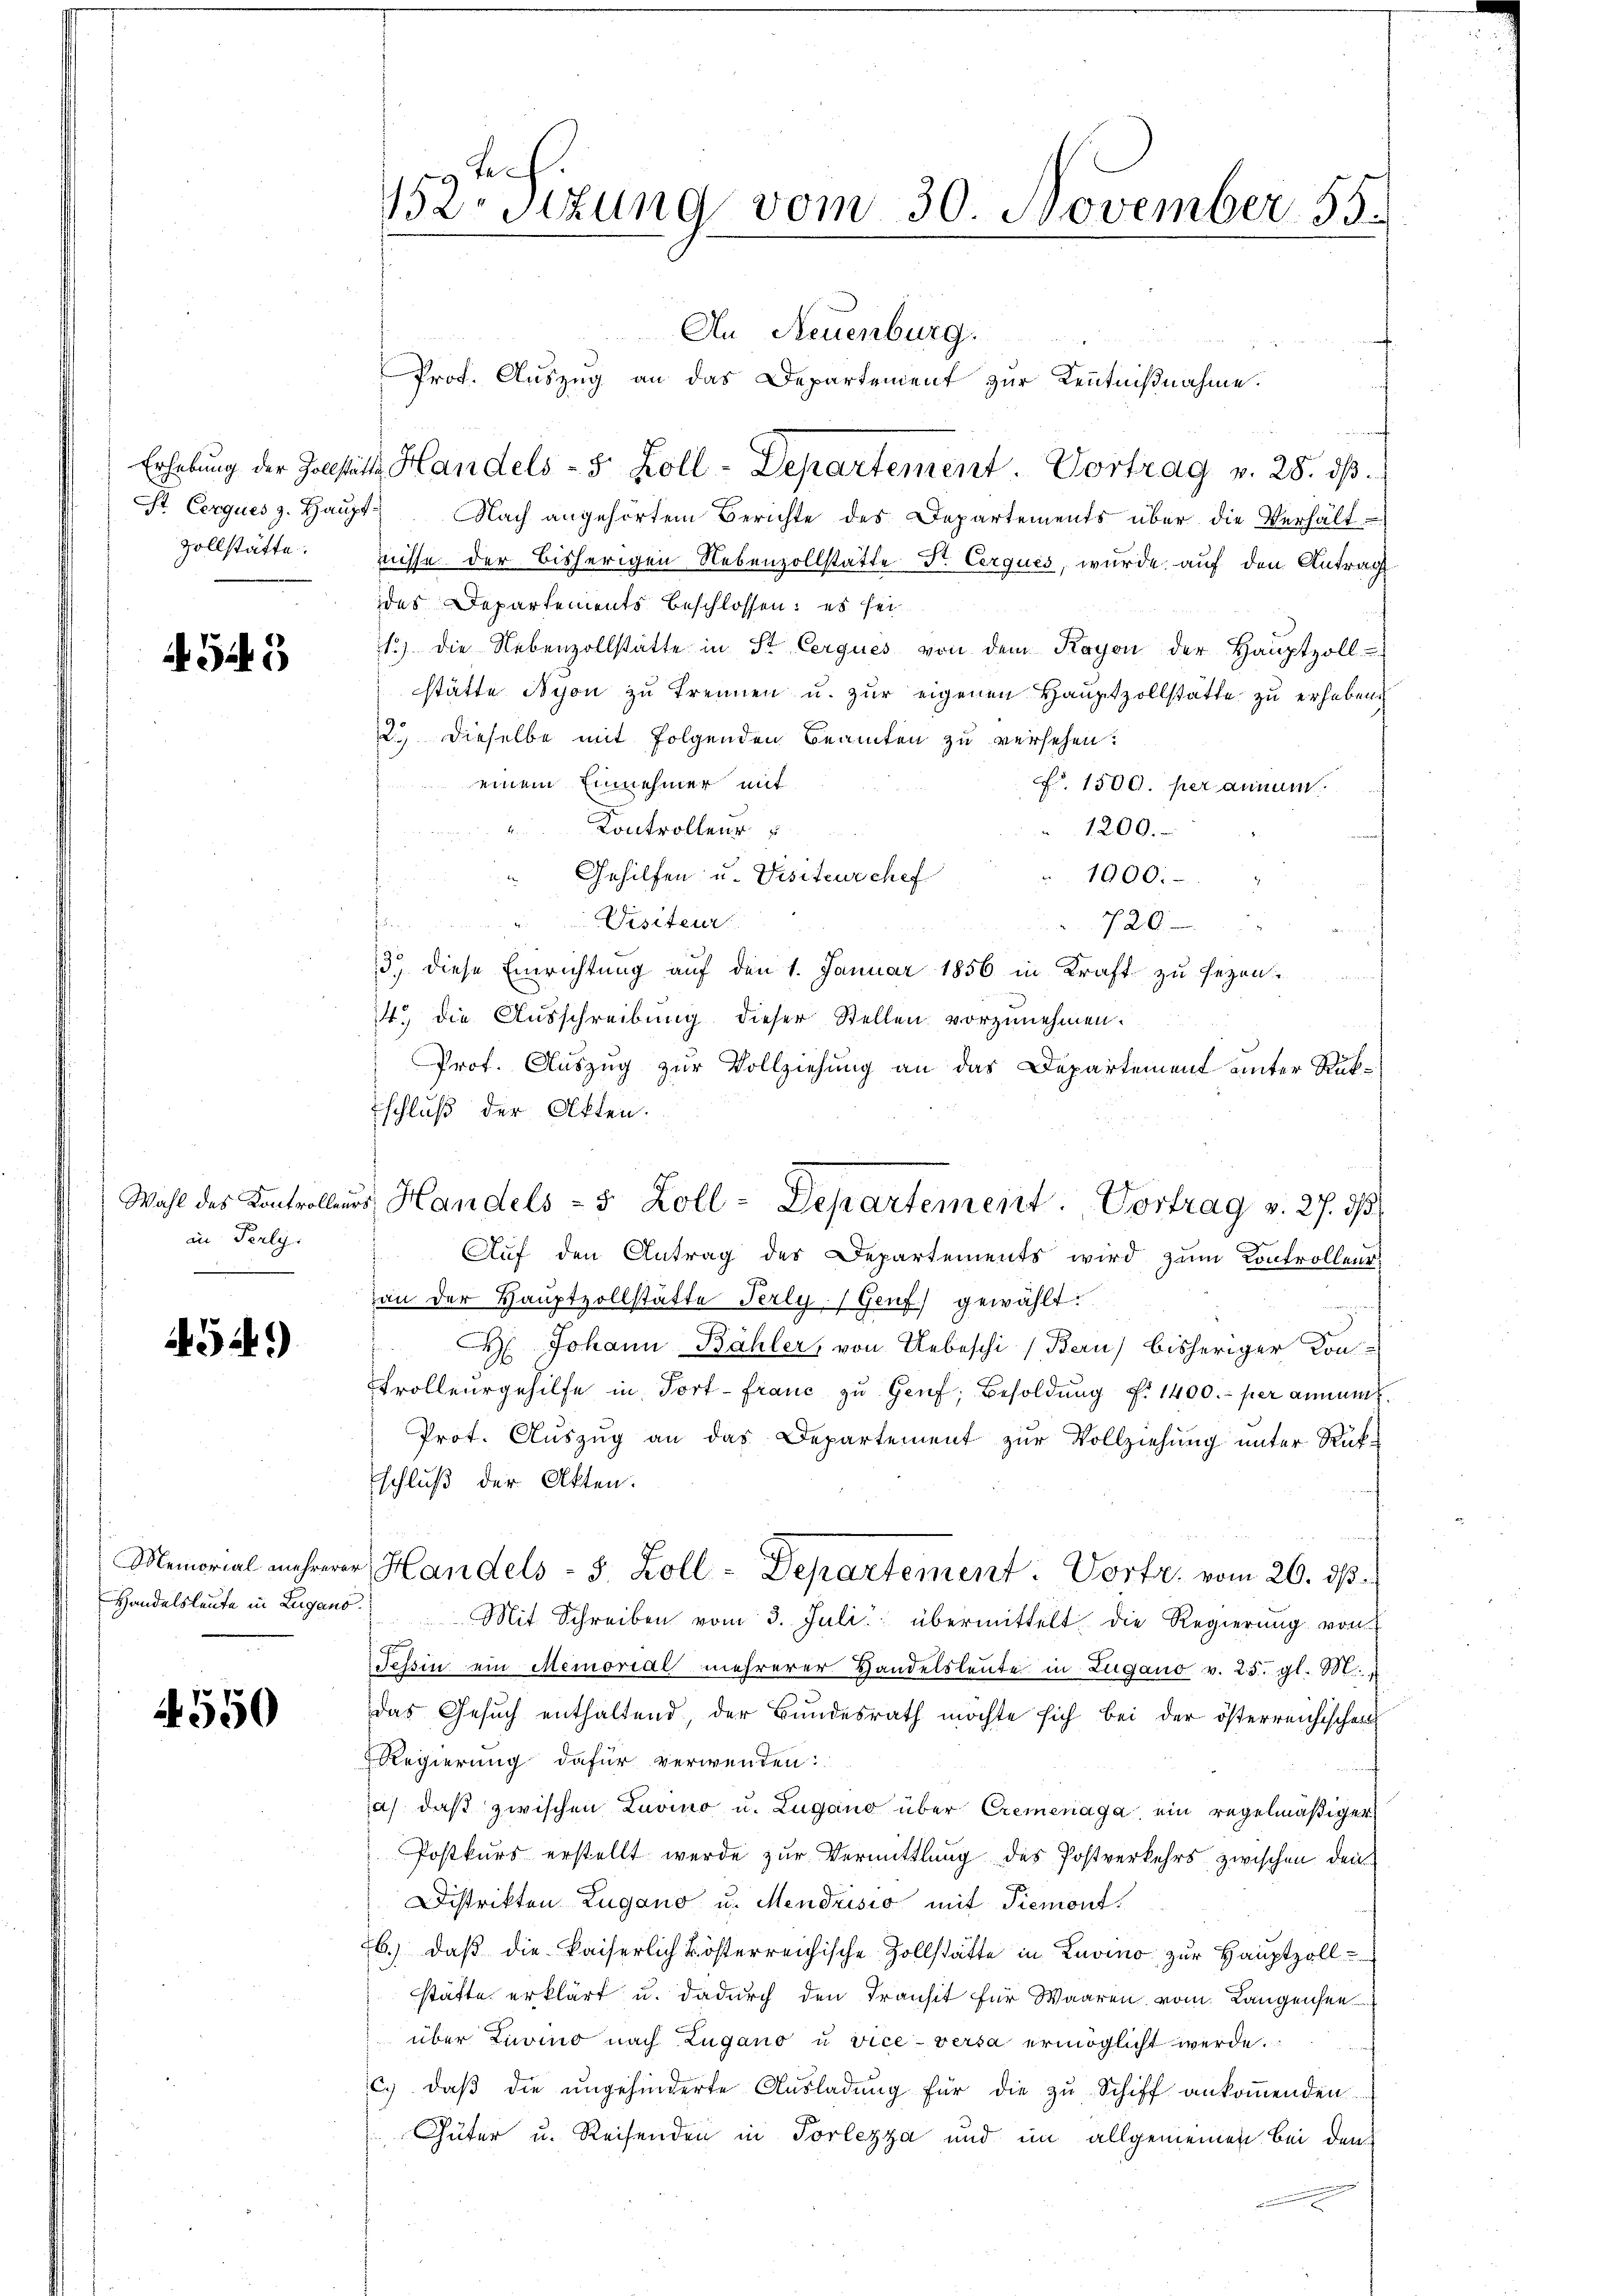
St. Cerques z. Haupt.

549

an Perly.

452)

Handelsleute in Lugano.

4550

3 Jah
Besizung vom 30. November 55.

An Neuenburg.
Prof. Auszug an das Departement zur Kenntnißnahme.
f
Erhebung der Jobstatt Handels- 3. Koll-Departement. Vortrag v. 28. dβ.
Nach angehörtem Berichte des Departements über die Verhält-
vollstätte: nisse der bisherigen Nebenzollstatte Sr. Cerques, wurde auf den Antrag
des Departements beschlossen: es sei
1.) die Nebenzollstätte in St. Cerques von dem Kayon der Haŭptzoll-
stätte Schon zu Trennen u. zur eigenen Hauptzollstätte zu erheben.
2.) Dieselbe mit folgenden Beamten zu versehen:
einem Einnehmer mit
No. 1500. per annum
Kontrollen
1200.
u
Gehilfen u. Visiteur chef
1900.- "
Wisiteur
n
720

13. diese Einrichtung auf den 1. Januar 1856 in Kraft zu sezen.
14. die Ausschreibung dieser Stellen vorzunehmen.
Prof. Auszug zur Vollziehung an das Departement unter Rük¬
Eschluß der Akten.
3
Auf den Antrag des Departements wird zum Kontrolleur
an der Hauptzollstätte Perlg. Genf gewählt.
 H. Johann Bähler, von Uebeschi (Bern) bisheriger Kon-
Trollergehilfe in Fort-Franc zu Genf, Besoldung d. 1400.- per annum
Prot. Auszug an das Departement zur Vollziehung unter Rükschluß der Akten.
Memorial mehrerer Handels- 3. Koll-Departement: Vortr. vom 26. ds.
Mit Schreiben vom 3. Juli übermittelt, die Regierung von
Tessin ein Memorial mehrerer Handelsleŭte in Zugano v. 25. gl. M.
das Gesuch enthaltend, der Bundesrath möchte sich bei der österreichischen
Regierung dafür verwenden:
a) daß zwischen Lavino u. Lugano über Cremenaga, ein regelmäßiger
Postkurs erstellt werde zur Vermittlung des Postverkehrs zwischen den
Distrikten Zugano u. Mendrisio mit Piemont.
b.) daß die kaiserlich kösterreichische Zollstätte in Livino zur Hauptzoll-
stätte erklärt u. dadurch den Transit für Waaren vom Langensee
über Zuvino nach Lugano u viceversa ermöglicht werde.
c. daβ die ŭngehinderte Aŭsladŭng für die zu Schiff ankoṁenden
Güter u. Reisenden in Porlezza und im allgemeinen bei den

Wahl des Kontrolleurs, Handels- 5 Zoll-Departement. Vortrag v. 27. dβ